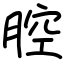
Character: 腔